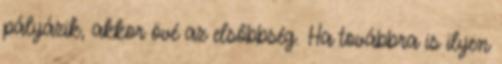
pályázik, akkor övé az elsőbbség. Ha továbbra is ilyen